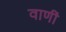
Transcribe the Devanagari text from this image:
वाणीं